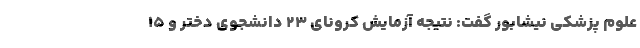
علوم پزشکی نیشابور گفت: نتیجه آزمایش کرونای ۲۳ دانشجوی دختر و ۱۵